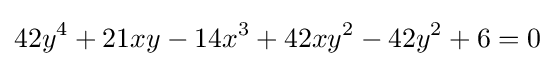
42y^{4}+21xy-14x^{3}+42xy^{2}-42y^{2}+6=0